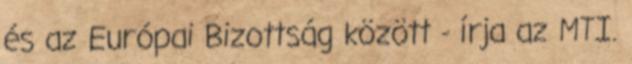
és az Európai Bizottság között - írja az MTI.